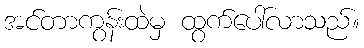
အင်တာကွန်းထဲမှ ထွက်ပေါ်လာသည်။